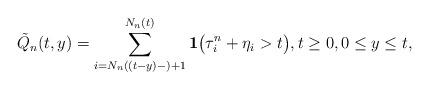
LaTeX: \begin{align*} \tilde{Q}_n (t,y) = \sum_{i = N_n ((t-y)-) + 1}^{N_n (t)} {\mathbf 1}\bigl(\tau^n_i+ \eta_i > t\bigr),t \ge0, 0 \le y \le t,\end{align*}